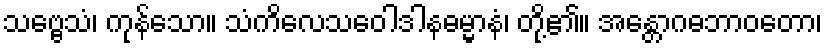
သဗ္ဗေသံ၊ ကုန်သော။ သံကိလေသဝေါဒါနဓမ္မာနံ၊ တို့၏။ အန္တောဂဓဘာဝတော၊